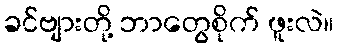
ခင်ဗျားတို့ ဘာတွေစိုက် ဖူးလဲ။